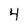
Character: 4